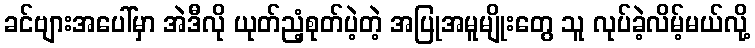
ခင်ဗျားအပေါ်မှာ အဲဒီလို ယုတ်ညံ့စုတ်ပဲ့တဲ့ အပြုအမူမျိုးတွေ သူ လုပ်ခဲ့လိမ့်မယ်လို့